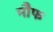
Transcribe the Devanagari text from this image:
मौफ